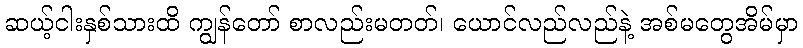
ဆယ့်ငါးနှစ်သားထိ ကျွန်တော် စာလည်းမတတ်၊ ယောင်လည်လည်နဲ့ အစ်မတွေအိမ်မှာ